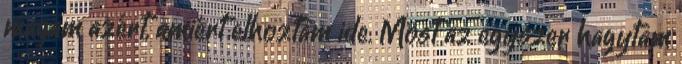
magam azért, amiért elhoztam ide. Most az egyszer hagytam